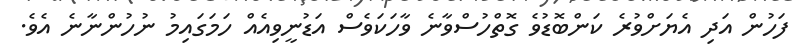
ފަހުން އަދި އެޔަށްވުރެ ކަންބޮޑުވެ ގޮތްހުސްވާނެ ވާހަކަވެސް އަޑުނީވިއެއް ހަމަގައިމު ނުހުންނާނެ އެވެ.